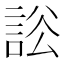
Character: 𧧡